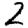
Digit: 2